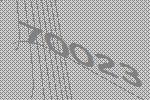
70023